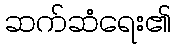
ဆက်ဆံရေး၏